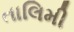
તાલિમી